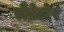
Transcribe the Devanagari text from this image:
लैब्रेडोर